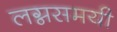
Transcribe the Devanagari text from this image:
लग्नसमयी